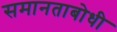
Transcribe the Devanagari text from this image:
समानताबोधी